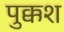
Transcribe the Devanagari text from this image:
पुक्कश